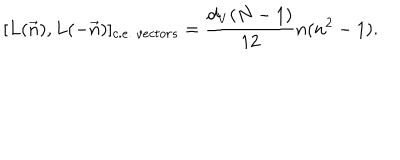
[ L ( \vec { n } ) , L ( - \vec { n } ) ] _ { c . e . \ v e c t o r s } = \frac { d _ { V } ( N - 1 ) } { 1 2 } n ( n ^ { 2 } - 1 ) .